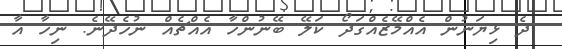
ދެ ޅިޔަނުން އެއްމޭޒެއްގަދޯ ކަލޭ ބޭނުންހާ އެއްޗެއް ނުހެދޭނެ. ނިހާ އާ